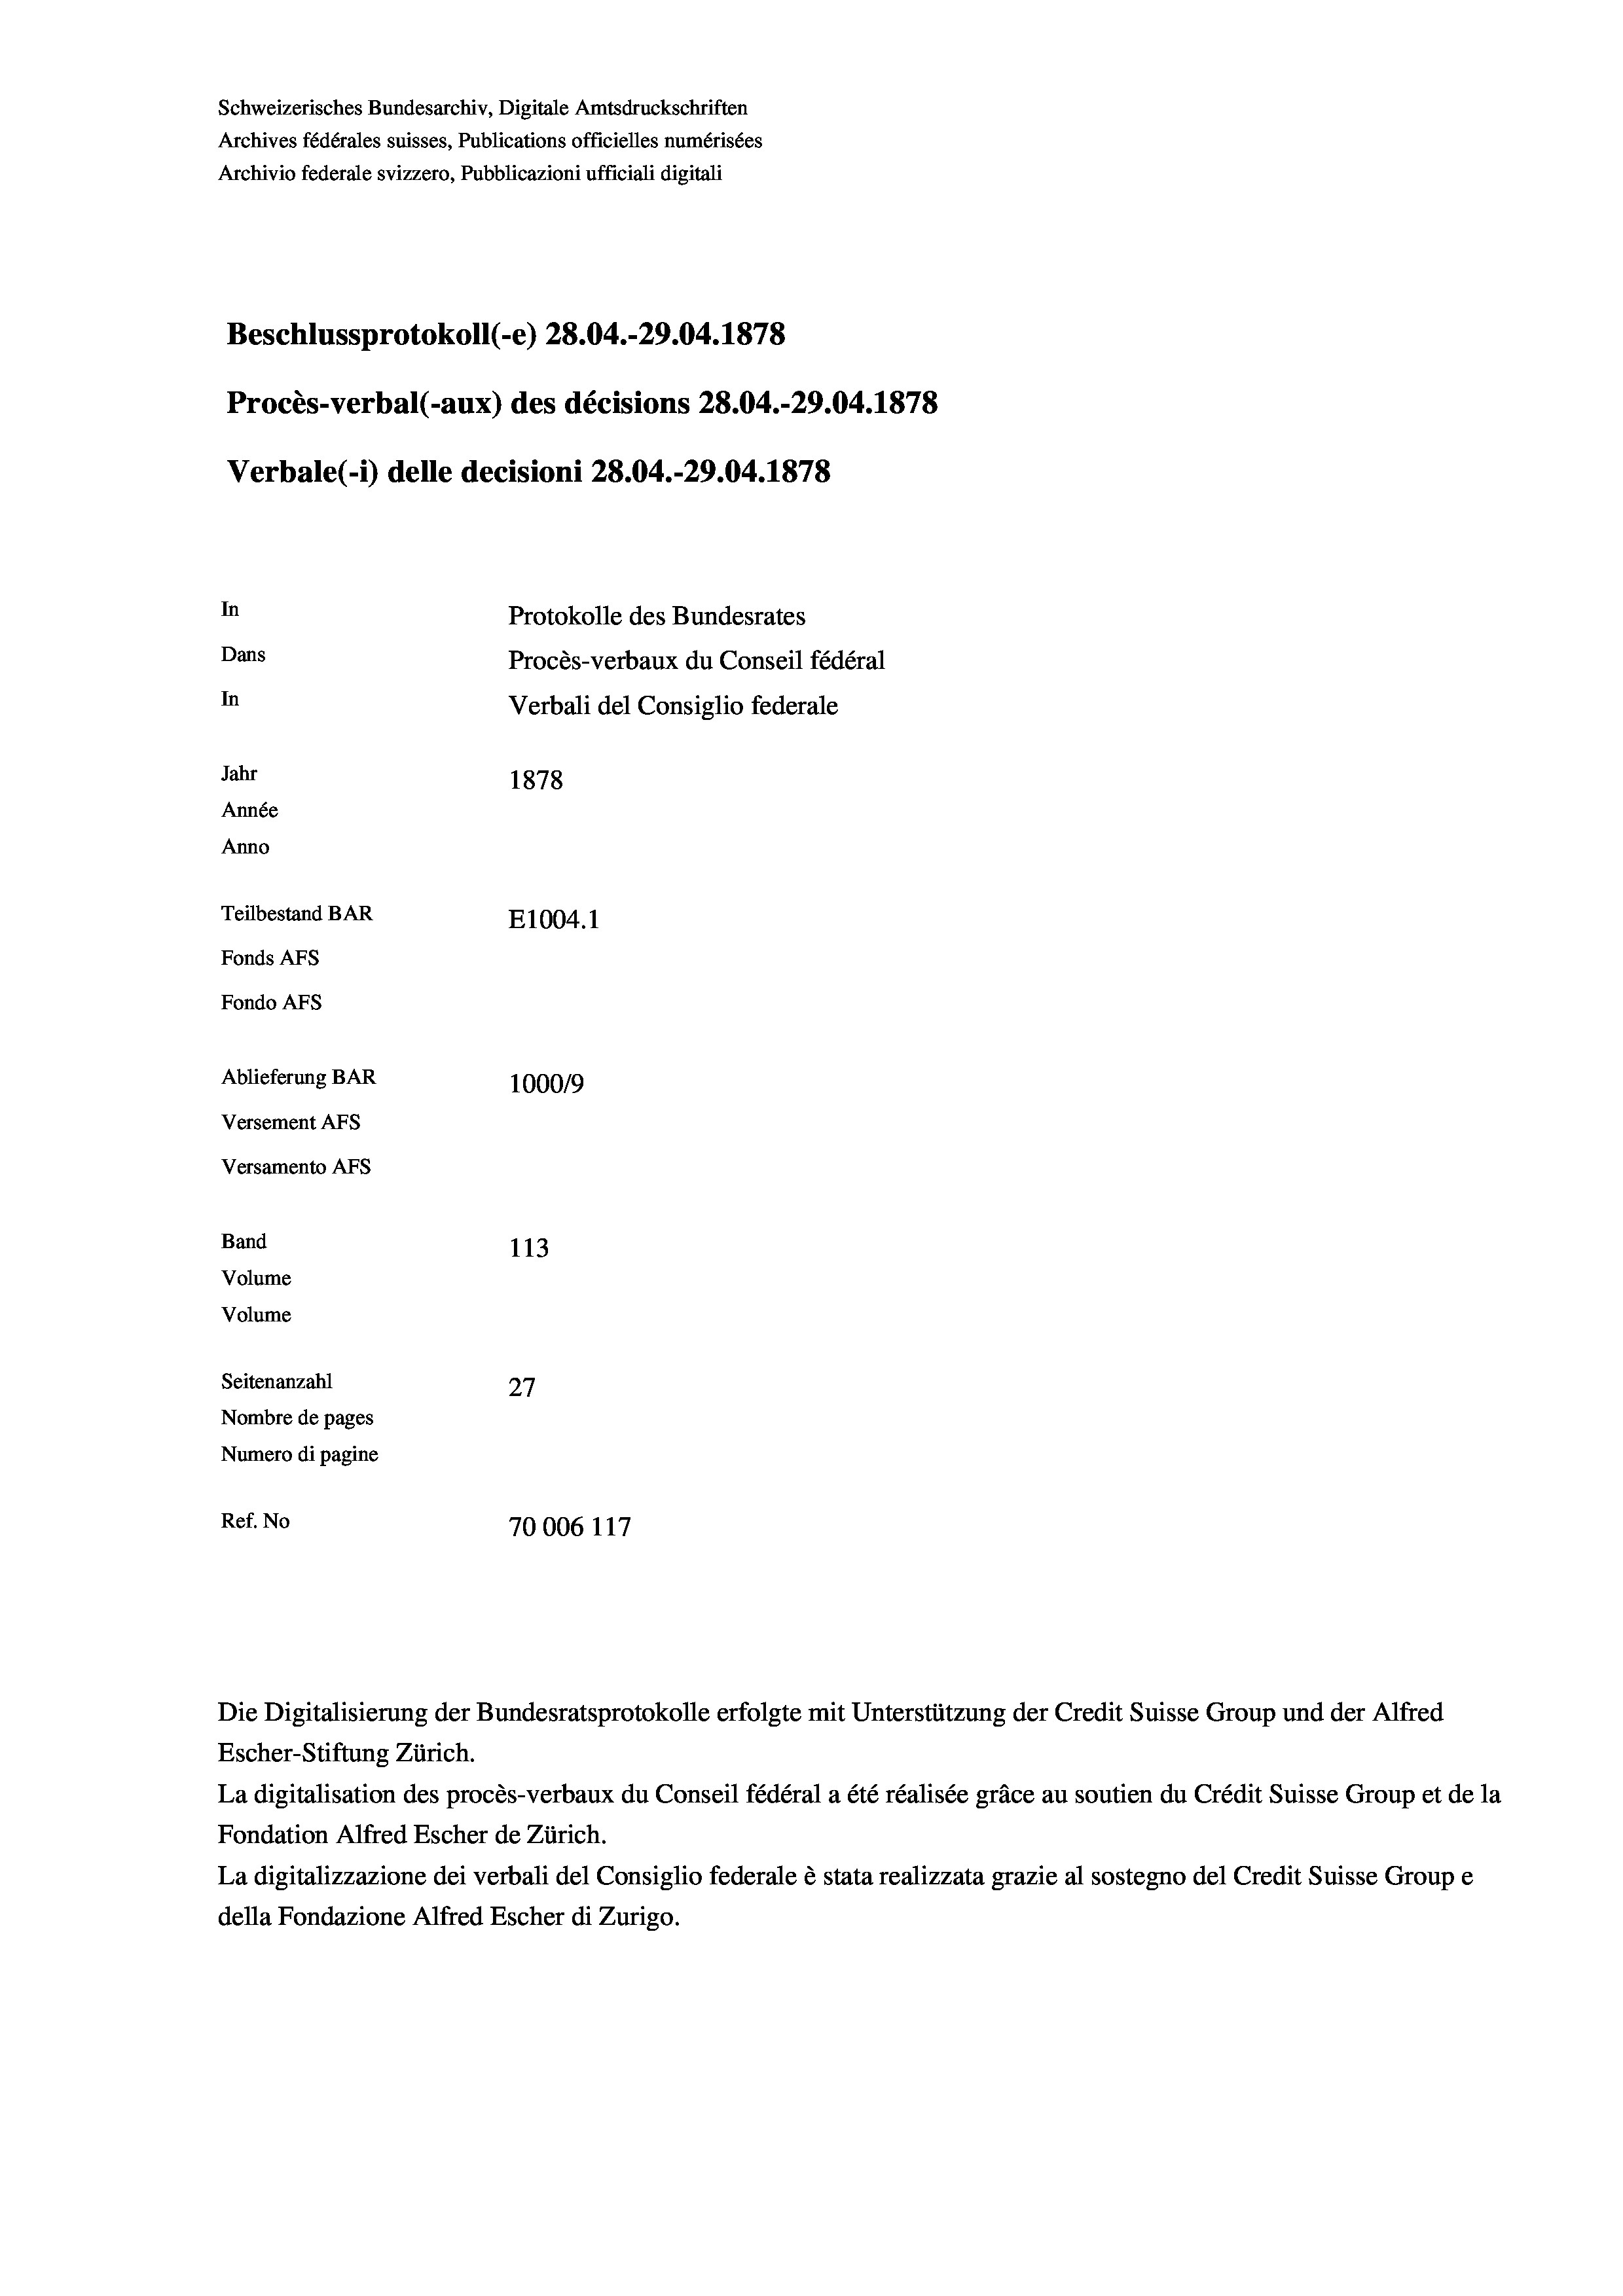
Schweizerisches Bundesarchiv, Digitale Amtsdruckschriften
Archives fédérales suisses, Publications officielles numérisées
Archivio federale svizzero, Pubblicazioni ufficiali digitali
Beschlussprotokoll (-e) 28.04.-29.04. 1878
Procès-verbal (-aux) des décisions 28.04.-29.04. 1878
Verbale(-*) delle decisioni 28.04.-29.04. 1878
In
Protokolle des Bundesrates
Dans
Procès-verbaux du Conseil fédéral
In
Verbali del Consiglio federale
Jahr
1878
Année
Anno
Teilbestand BAR
E1004.1
Fonds AFs
Fondo Afs
Ablieferung BAR
100019
Versement AFs
Versamento AFs
Band
113
Volume
Volume
Seitenanzahl
27
Nombre de pages
Numero di pagine
Ref. No
70006 117

Escher-Stiftung Zürich.
La digitalisation des procès-verbaux du Conseil fédéral a été réalisée gräce au soutien du Crédit Suisse Group et de la
Fondation Alfred Escher de Zürich.
La digitalizzazione dei verbali del Consiglio federale è stata realizzata grazie al sostegno del Credit Suisse Groupe
della Fondazione Alfred Escher di Zurigo.

Die Digitalisierung der Bundesratsprotokolle erfolgte mit Unterstützung der Credit Suisse Group und der Alfred